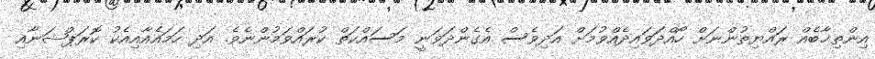
އިންތިޚާބެއް ރައްޔިތުންނަށް ހޯއްދަަވައިދެއްވުމަށް އަދިވެސް އެގެންދަވަނީ މަސައްކަތް ކުރައްވަމުންނެވެ. އަދި ހަމައެއާއިއެކު ކޮރަޕްޝަނާއި